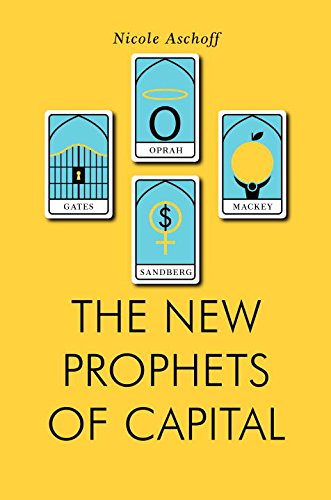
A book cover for The New Prophets of Capital (Jacobin); Nicole Aschoff; Business & Money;